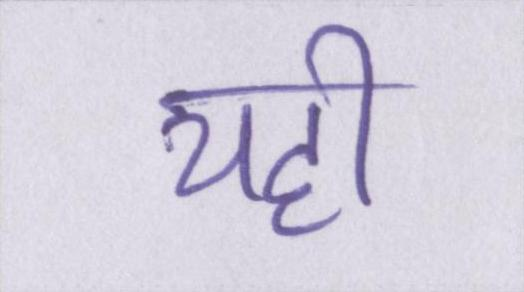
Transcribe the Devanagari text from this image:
यही